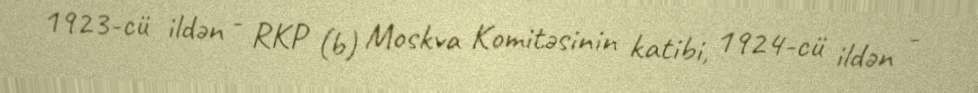
1923-cü ildən - RKP (b) Moskva Komitəsinin katibi, 1924-cü ildən -